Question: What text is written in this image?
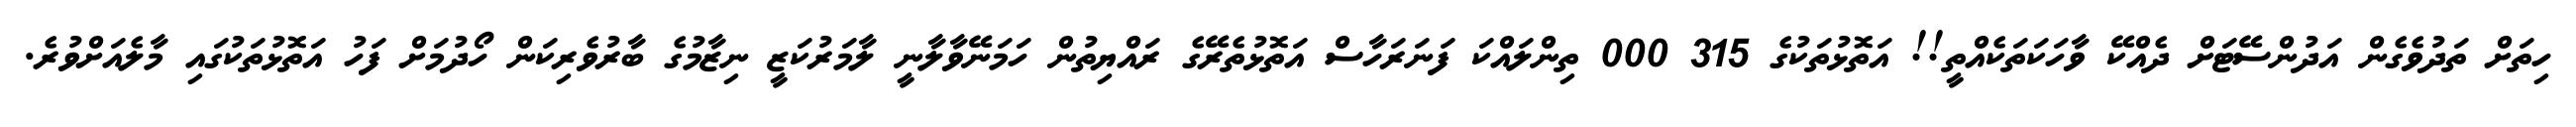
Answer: ހިތަށް ތަދުވެގެން އަދުންސޭޓަށް ދެއްކޭ ވާހަކަތަކެއްތީ!! އަތޮޅުތަކުގެ 315 000 ތިންލައްކަ ފަނަރަހާސް އަތޮޅުތެރޭގެ ރައްޔިތުން ހަމަނޭވާލާނީ ލާމަރުކަޒީ ނިޒާމުގެ ބާރުވެރިކަން ހޯދުމަށް ފަހު އަތޮޅުތަކުގައި މާލެއަށްވުރެ.